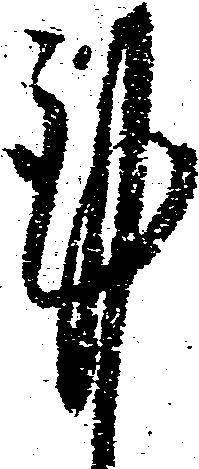
謹